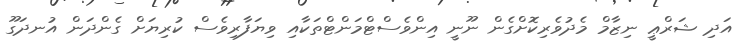
އަދި ޝަރްޢީ ނިޒާމް މެދުވެރިކޮށްގެން ނޫނީ އިންވެސްޓްމަންޓްތަކާއި ވިޔަފާރިވެސް ކުރިޔަށް ގެންދަން އުނދަގޫ